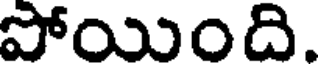
పోయింది.